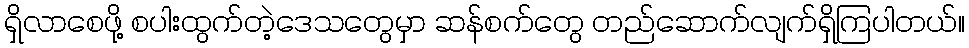
ရှိလာစေဖို့ စပါးထွက်တဲ့ဒေသတွေမှာ ဆန်စက်တွေ တည်ဆောက်လျက်ရှိကြပါတယ်။